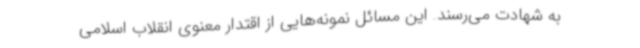
به شهادت می‌رسند. این مسائل نمونه‌هایی از اقتدار معنوی انقلاب اسلامی